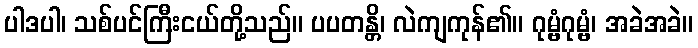
ပါဒပါ၊ သစ်ပင်ကြီးငယ်တို့သည်။ ပပတန္တိ၊ လဲကျကုန်၏။ ဂုမ္ဗံဂုမ္ဗံ၊ အခဲအခဲ။